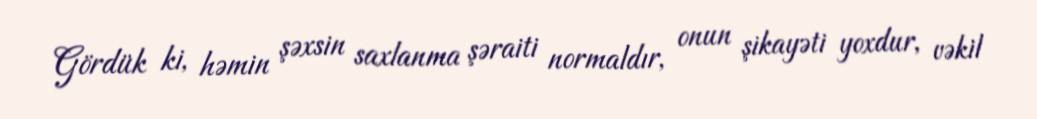
Gördük ki, həmin şəxsin saxlanma şəraiti normaldır, onun şikayəti yoxdur, vəkil